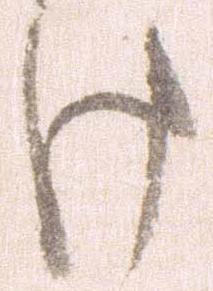
け